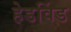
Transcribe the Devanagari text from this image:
हेडविंड